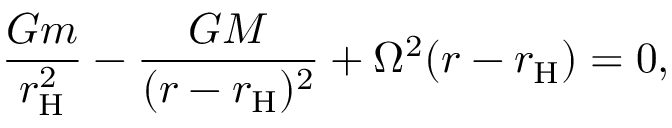
{ \frac { G m } { r _ { \mathrm { H } } ^ { 2 } } } - { \frac { G M } { ( r - r _ { \mathrm { H } } ) ^ { 2 } } } + \Omega ^ { 2 } ( r - r _ { \mathrm { H } } ) = 0 ,